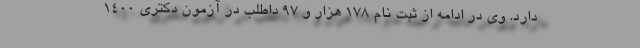
دارد. وی در ادامه از ثبت نام ۱۷۸ هزار و ۹۷ داطلب در آزمون دکتری ۱۴۰۰